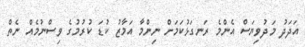
އަދަދު މަދުވިޔަސް އެންމެ ރަނގަޅުކަމަށް ނިންމާ އަމާޒު ކުޑަ ކުރުމުގެ ވިސްނުމެއް ނެތް